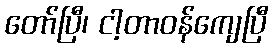
တော်ပြီ၊ ငါ့တာဝန်ကျေပြီ